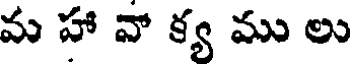
మ హా వా క్య ము లు